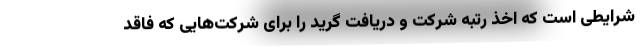
شرایطی است که اخذ رتبه شرکت و دریافت گرید را برای شرکت‌هایی که فاقد